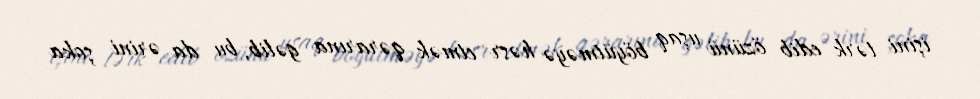
işini tərk edib özünü uşaq böyütməyə həsr etmək qərarına gəlib, bu da ərini şoka